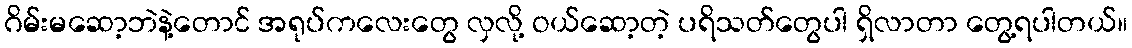
ဂိမ်းမဆော့ဘဲနဲ့တောင် အရုပ်ကလေးတွေ လှလို့ ဝယ်ဆော့တဲ့ ပရိသတ်တွေပါ ရှိလာတာ တွေ့ရပါတယ်။